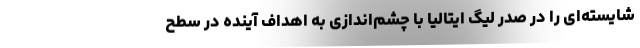
شایسته‌ای را در صدر لیگ ایتالیا با چشم‌اندازی به اهداف آینده در سطح